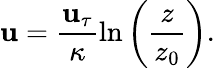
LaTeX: \mathbf{u}=\frac{{\mathbf{u}_{\tau}}}{{\kappa}}\ln{\left(\frac{{z}}{{z_{0}}}\right)}.